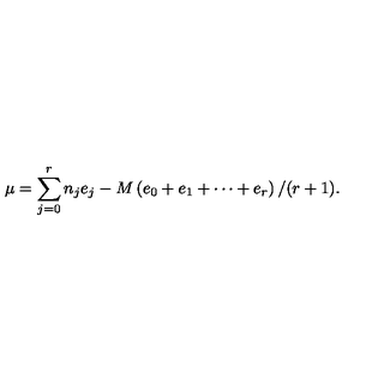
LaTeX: \mu = \sum _ { j = 0 } ^ { r } n _ { j } e _ { j } - M \left( e _ { 0 } + e _ { 1 } + \cdots + e _ { r } \right) / ( r + 1 ) .